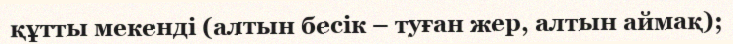
құтты мекенді (алтын бесік – туған жер, алтын аймақ);